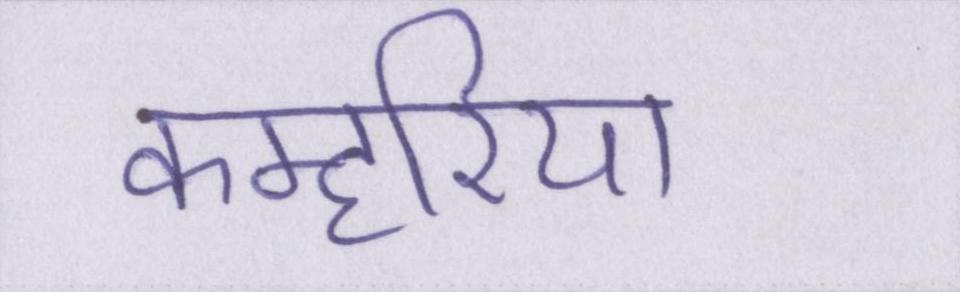
कम्हरिया